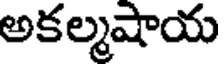
అకల్మషాయ